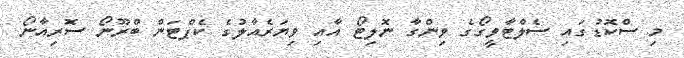
މި ސްކޮޑުގައި ސެލްޓާވީގޯގެ ވިންގާ ނޮލިޓޯ އާއި ވިޔަރެއާލުގެ ކެޕްޓަން ބްރޫނޯ ސޮރިއާނޯ